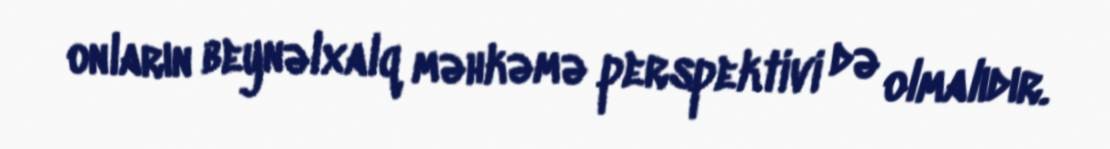
onların beynəlxalq məhkəmə perspektivi də olmalıdır.